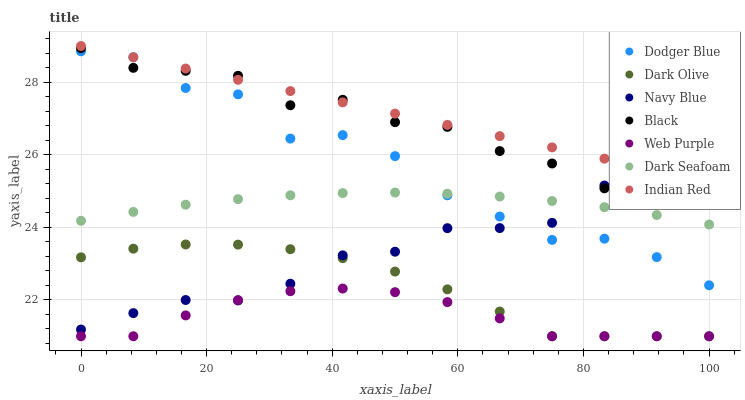
| xaxis_label | Dodger Blue | Dark Olive | Navy Blue | Black | Web Purple | Dark Seafoam | Indian Red |
 | --- | --- | --- | --- | --- | --- | --- | --- |
 | 0 | 28.9 | 23.2 | 21.2 | 28.9 | 21 | 24.2 | 29 |
 | 8.33 | 28.7 | 23.4 | 21.6 | 28.4 | 21 | 24.4 | 28.7 |
 | 16.7 | 27.8 | 23.5 | 22 | 28.3 | 21.6 | 24.6 | 28.4 |
 | 25 | 27.7 | 23.5 | 22 | 28.2 | 22 | 24.8 | 28.1 |
 | 33.3 | 26.4 | 23.4 | 22.4 | 27.4 | 22.2 | 24.9 | 27.8 |
 | 41.7 | 26.5 | 23.2 | 23.2 | 27.5 | 22.3 | 24.9 | 27.4 |
 | 50 | 26 | 22.8 | 23.3 | 26.9 | 22.2 | 25 | 27.1 |
 | 58.3 | 24.9 | 22.3 | 24 | 26.8 | 21.9 | 24.9 | 26.8 |
 | 66.7 | 24.3 | 21.7 | 24 | 26.1 | 21.5 | 24.9 | 26.5 |
 | 75 | 23.7 | 21 | 24.1 | 25.8 | 21 | 24.7 | 26.2 |
 | 83.3 | 23.7 | 21 | 25.2 | 25.1 | 21 | 24.6 | 25.9 |
 | 91.7 | 23.2 | 21 | 25.1 | 25 | 21 | 24.3 | 25.6 |
 | 100 | 22.4 | 21 | 25.8 | 24.8 | 21 | 24.1 | 25.3 |